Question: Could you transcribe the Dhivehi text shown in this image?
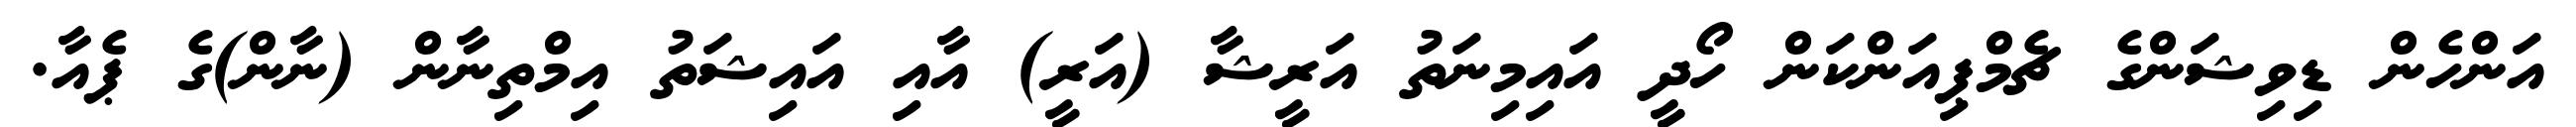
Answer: އަންހެން ޑިވިޝަންގެ ޗެމްޕިއަންކަން ހޯދީ އައިމިނަތު އަރީޝާ (އަރީ) އާއި އައިޝަތު އިމްތިނާން (ނާން)ގެ ޕެއާ.